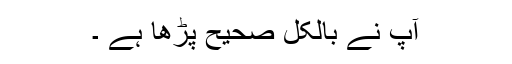
آپ نے بالکل صحیح پڑھا ہے ۔